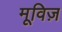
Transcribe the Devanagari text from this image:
मूविज़